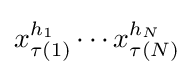
x_{\tau (1)}^{h_{1}}\cdots x_{\tau (N)}^{h_{N}}